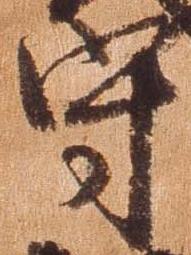
守